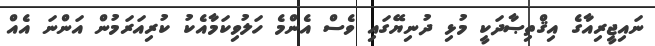
ނައިޖީރިއާގެ އިޤްތިޞާދަކީ މުޅި ދުނިޔޭގައި ވެސް އެންމެ ހަލުވިކަމާއެކު ކުރިއަރަމުން އަންނަ އެއް